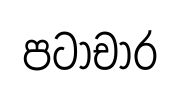
පටාචාර